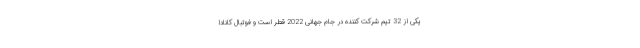
یکی از 32 تیم شرکت کننده در جام جهانی 2022 قطر است و فوتبال کانادا